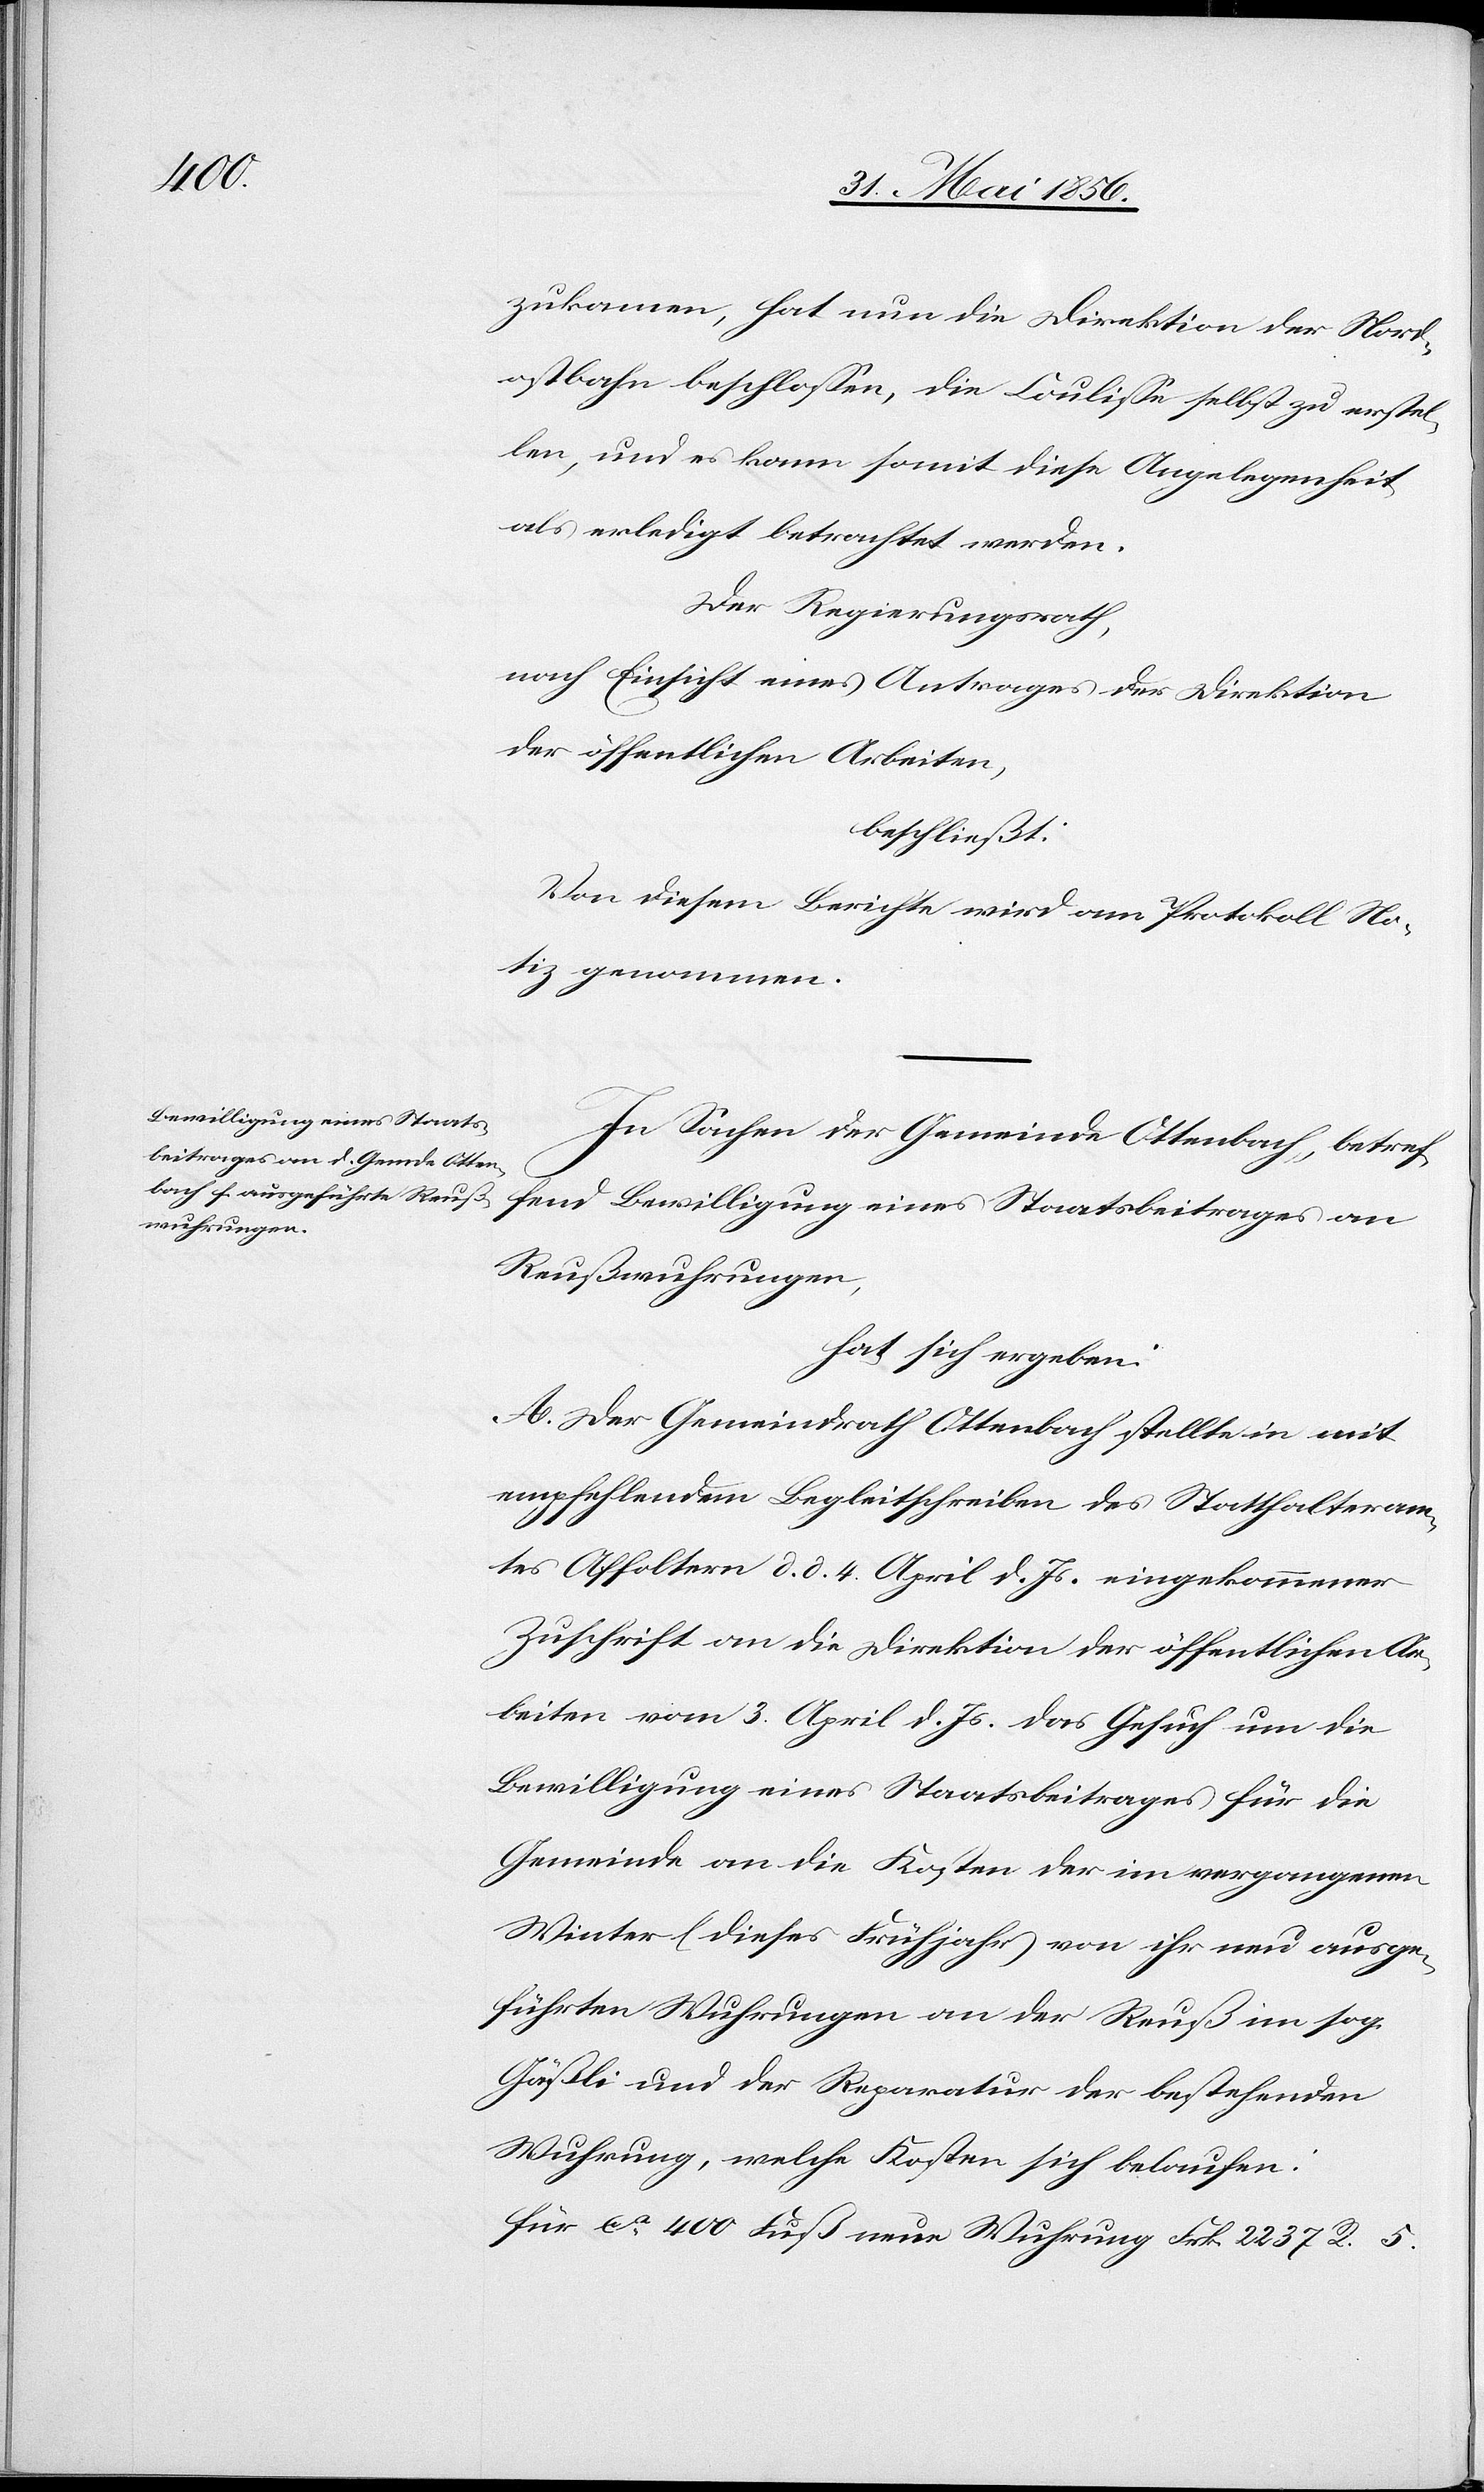
400

zukamen, hat nun die Direktion der Nord¬
ostbahn beschlossen, die Coulisse selbst zu erstel¬
len, und es kann somit diese Angelegenheit
als erledigt betrachtet werden.
Der Regierungsrath,
nach Einsicht eines Antrages der Direktion
der öffentlichen Arbeiten,
beschließt:
Von diesem Berichte wird am Protokoll No¬
tiz genommen.
In Sachen der Gemeinde Ottenbach, betref¬
fend Bewilligung eines Staatsbeitrages von
Reußwuhrungen,
hat sich ergeben:
A. Der Gemeindrath Ottenbach stellte in mit
empfehlendem Begleitschreiben des Statthalteram¬
tes Affoltern d. d. 4. April d. Js. eingekommener
Zuschrift an die Direktion der öffentlichen Ar¬
beiten vom 3. April d. Js. das Gesuch um die
Bewilligung eines Staatsbeitrages für die
Gemeinde an die Kosten der im vergangenen
Winter (dieses Frühjahr) von ihr neu ausge¬
führten Wuhrungen an der Reuß im sog.
Gäßli und der Reparatur der bestehenden
Wuhrung, welche Kosten sich belaufen